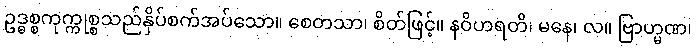
ဥဒ္ဓစ္စကုက္ကုစ္စသည်နှိပ်စက်အပ်သော။ စေတသာ၊ စိတ်ဖြင့်။ နဝိဟရတိ၊ မနေ၊ လ။ ဗြာဟ္မဏ၊